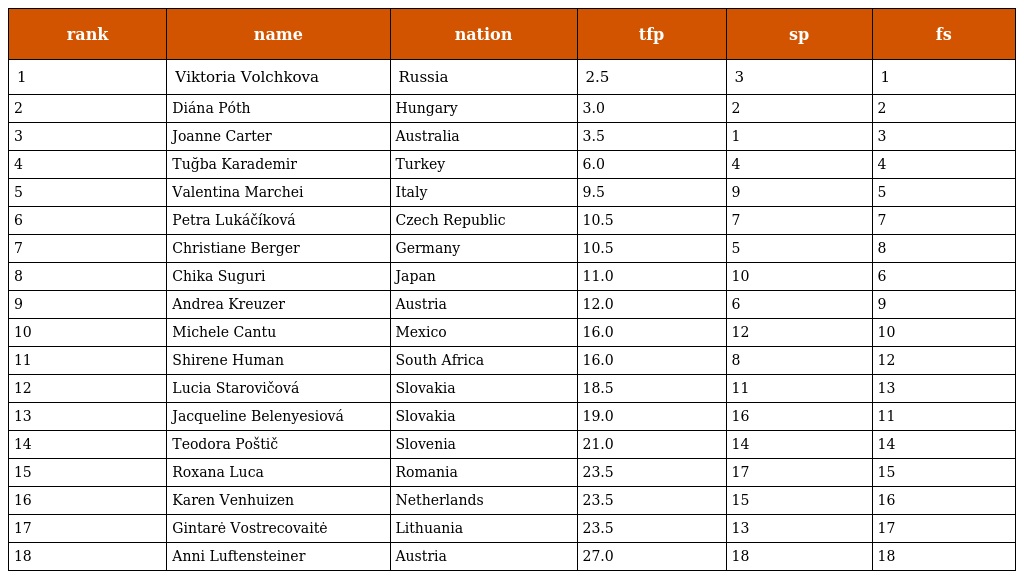
| rank | name | nation | tfp | sp | fs |
 | --- | --- | --- | --- | --- | --- |
 | 1 | Viktoria Volchkova | Russia | 2.5 | 3 | 1 |
 | 2 | Diána Póth | Hungary | 3.0 | 2 | 2 |
 | 3 | Joanne Carter | Australia | 3.5 | 1 | 3 |
 | 4 | Tuğba Karademir | Turkey | 6.0 | 4 | 4 |
 | 5 | Valentina Marchei | Italy | 9.5 | 9 | 5 |
 | 6 | Petra Lukáčíková | Czech Republic | 10.5 | 7 | 7 |
 | 7 | Christiane Berger | Germany | 10.5 | 5 | 8 |
 | 8 | Chika Suguri | Japan | 11.0 | 10 | 6 |
 | 9 | Andrea Kreuzer | Austria | 12.0 | 6 | 9 |
 | 10 | Michele Cantu | Mexico | 16.0 | 12 | 10 |
 | 11 | Shirene Human | South Africa | 16.0 | 8 | 12 |
 | 12 | Lucia Starovičová | Slovakia | 18.5 | 11 | 13 |
 | 13 | Jacqueline Belenyesiová | Slovakia | 19.0 | 16 | 11 |
 | 14 | Teodora Poštič | Slovenia | 21.0 | 14 | 14 |
 | 15 | Roxana Luca | Romania | 23.5 | 17 | 15 |
 | 16 | Karen Venhuizen | Netherlands | 23.5 | 15 | 16 |
 | 17 | Gintarė Vostrecovaitė | Lithuania | 23.5 | 13 | 17 |
 | 18 | Anni Luftensteiner | Austria | 27.0 | 18 | 18 |